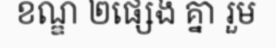
ខណ្ឌ ២ផ្សេង គ្នា រួម